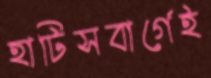
হাটিসবার্গেই